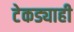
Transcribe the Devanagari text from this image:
टेकड्याही